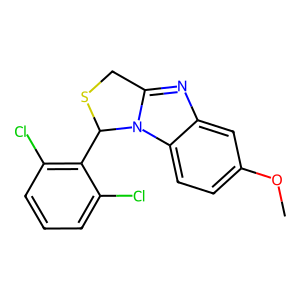
SMILES: COc1ccc2c(c1)nc1n2C(c2c(Cl)cccc2Cl)SC1
Inhibits HIV replication: No